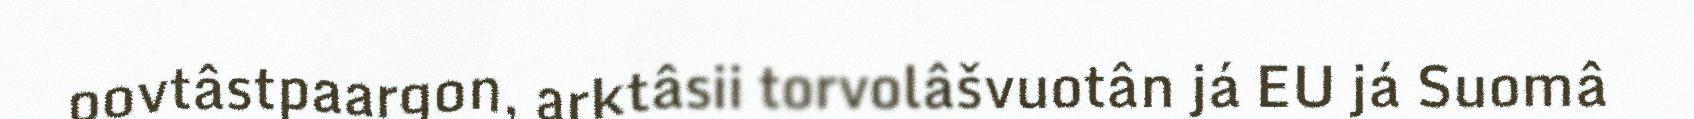
oovtâstpaargon, arktâsii torvolâšvuotân já EU já Suomâ